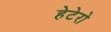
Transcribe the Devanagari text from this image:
हेटेरो